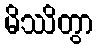
မိဿိတွာ